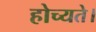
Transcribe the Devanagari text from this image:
होच्यते।